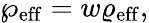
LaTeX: \wp_{\mathrm{eff}}=w\varrho_{\mathrm{eff}},